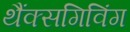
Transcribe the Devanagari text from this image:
थैंक्‍सगिविंग